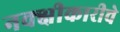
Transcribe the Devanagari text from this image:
नक्क्षीकारीचे